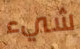
شيء